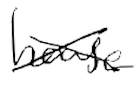
Text: house
Cross-out: cross
Writing tool: digital_black